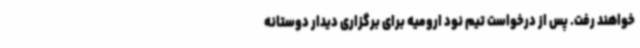
خواهند رفت. پس از درخواست تیم نود ارومیه برای برگزاری دیدار دوستانه